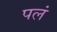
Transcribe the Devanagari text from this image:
पलं